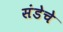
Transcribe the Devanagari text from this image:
संडेचे